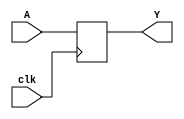
`timescale 1ns / 1ps
//////////////////////////////////////////////////////////////////////////////////
// Company: 
// Engineer: 
// 
// Design Name: 
// Module Name: FF
// Project Name: 
// Target Devices: 
// Tool Versions: 
// Description: 
// 
// Dependencies: 
// 
// Revision:
// Revision 0.01 - File Created
// Additional Comments:
// 
//////////////////////////////////////////////////////////////////////////////////


module FF (clk,A,Y);
input wire clk;
input wire A;
output reg Y;

always @(posedge clk) begin
    Y <= A;
end
endmodule